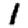
Digit: 1